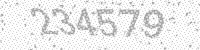
Solution: 234579